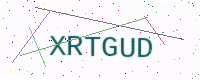
Text: XRTGUD